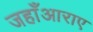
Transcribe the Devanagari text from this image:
जहाँआराए